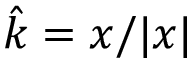
\hat { k } = x / | x |